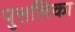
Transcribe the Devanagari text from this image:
पुत्तलिका